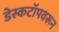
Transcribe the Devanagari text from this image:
डेस्कटॉपवरून